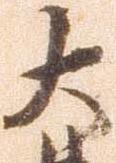
大